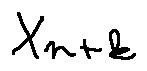
X _ { n + k }